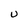
Character: U